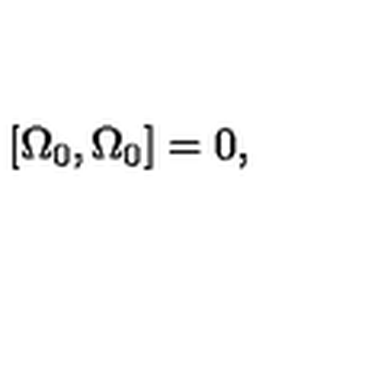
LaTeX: \left[ \Omega _ { 0 } , \Omega _ { 0 } \right] = 0 ,